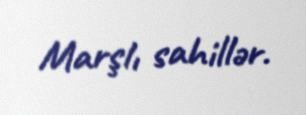
Marşlı sahillər.